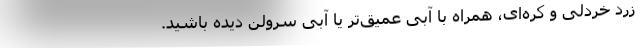
زرد خردلی و کره‌ای، همراه با آبی عمیق‌تر یا آبی سرولن دیده باشید.